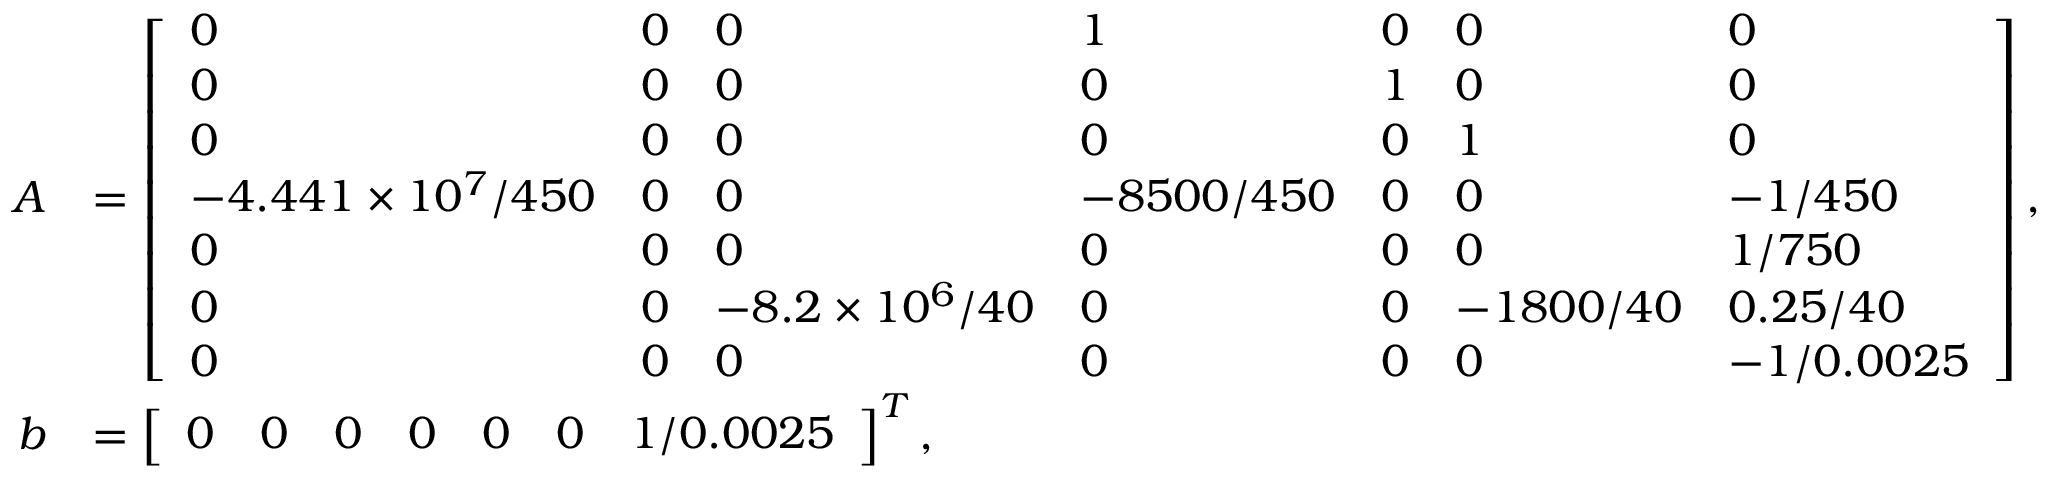
\begin{array} { r l } { A } & { = \left[ \begin{array} { l l l l l l l } { 0 } & { 0 } & { 0 } & { 1 } & { 0 } & { 0 } & { 0 } \\ { 0 } & { 0 } & { 0 } & { 0 } & { 1 } & { 0 } & { 0 } \\ { 0 } & { 0 } & { 0 } & { 0 } & { 0 } & { 1 } & { 0 } \\ { - 4 . 4 4 1 \times 1 0 ^ { 7 } / 4 5 0 } & { 0 } & { 0 } & { - 8 5 0 0 / 4 5 0 } & { 0 } & { 0 } & { - 1 / 4 5 0 } \\ { 0 } & { 0 } & { 0 } & { 0 } & { 0 } & { 0 } & { 1 / 7 5 0 } \\ { 0 } & { 0 } & { - 8 . 2 \times 1 0 ^ { 6 } / 4 0 } & { 0 } & { 0 } & { - 1 8 0 0 / 4 0 } & { 0 . 2 5 / 4 0 } \\ { 0 } & { 0 } & { 0 } & { 0 } & { 0 } & { 0 } & { - 1 / 0 . 0 0 2 5 } \end{array} \right] , } \\ { b } & { = \left[ \begin{array} { l l l l l l l } { 0 } & { 0 } & { 0 } & { 0 } & { 0 } & { 0 } & { 1 / 0 . 0 0 2 5 } \end{array} \right] ^ { T } , } \end{array}